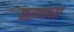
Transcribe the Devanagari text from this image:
परानाव्या